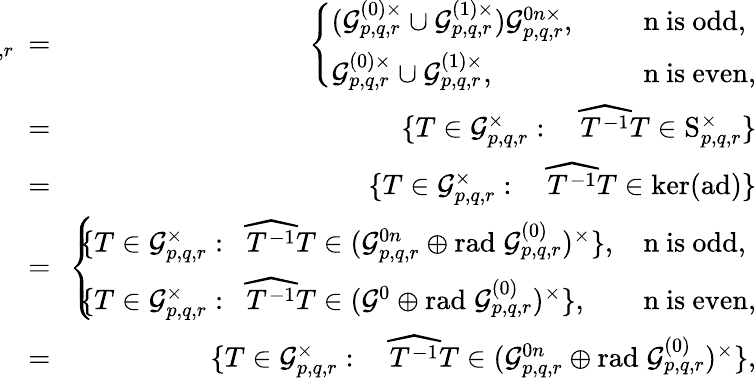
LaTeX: \begin{array}{rlr}{\! \! \! \! \! \! \! \! \! \! \mathrm{P}_{p,q,r}\! \! \! }&{=}&{\! \! \left\lbrace\begin{array}{lll}{(\mathcal{G}_{p,q,r}^{(0)\times}\cup\mathcal{G}_{p,q,r}^{(1)\times})\mathcal{G}_{p,q,r}^{0n\times},}&{\; }&{\mathrm{~n~is~odd},}\\ {\mathcal{G}_{p,q,r}^{(0)\times}\cup\mathcal{G}_{p,q,r}^{(1)\times},}&{\; }&{\mathrm{~n~is~even},}\end{array}\right.}\\ {\! \! }&{=}&{\! \! \{ T\in\mathcal{G}_{p,q,r}^{\times}:\quad\widehat{T^{-1}}T\in\mathrm{S}_{p,q,r}^{\times}\} }\\ {\! \! }&{=}&{\! \! \{ T\in\mathcal{G}_{p,q,r}^{\times}:\quad\widehat{T^{-1}}T\in\mathrm{ker}(\mathrm{ad})\} }\\ {\! \! }&{=}&{\! \! \left\lbrace\begin{array}{lll}{\! \! \! \{ T\in\mathcal{G}_{p,q,r}^{\times}:\; \; \widehat{T^{-1}}T\in(\mathcal{G}_{p,q,r}^{0n}\oplus\mathrm{rad}\; \mathcal{G}_{p,q,r}^{(0)})^{\times}\} ,\! \! \! \! \! \! \! }&&{\mathrm{~n~is~odd},}\\ {\! \! \! \{ T\in\mathcal{G}_{p,q,r}^{\times}:\; \; \widehat{T^{-1}}T\in(\mathcal{G}^{0}\oplus\mathrm{rad}\; \mathcal{G}_{p,q,r}^{(0)})^{\times}\} ,\! \! \! \! \! \! \! }&&{\mathrm{~n~is~even},}\end{array}\right.}\\ {\! \! }&{=}&{\! \! \{ T\in\mathcal{G}_{p,q,r}^{\times}:\quad\widehat{T^{-1}}T\in(\mathcal{G}_{p,q,r}^{0n}\oplus\mathrm{rad}\; \mathcal{G}_{p,q,r}^{(0)})^{\times}\} ,}\end{array}